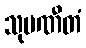
သုပဏီတံ